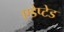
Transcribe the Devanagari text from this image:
एडेप्टेड